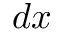
d x